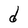
Character: d